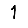
Digit: 1